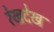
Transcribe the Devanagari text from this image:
रेखदेख